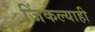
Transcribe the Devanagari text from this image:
जिंकल्याही